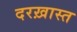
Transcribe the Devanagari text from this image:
दरख़ास्त